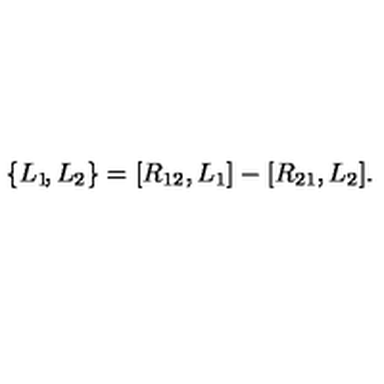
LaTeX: \{ L _ { 1 } \! , L _ { 2 } \} = [ R _ { 1 2 } , L _ { 1 } ] - [ R _ { 2 1 } , L _ { 2 } ] .